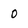
Character: O